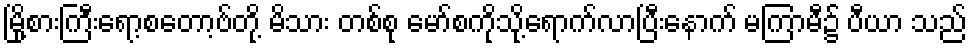
မြို့စားကြီးရော့စတော့ဗ်တို့ မိသား တစ်စု မော်စကိုသို့ရောက်လာပြီးနောက် မကြာမီ၌ ပီယာ သည်